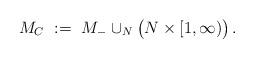
LaTeX: \begin{align*}M_C\ :=\ M_-\cup_N\big(N\times[1,\infty)\big)\,.\end{align*}